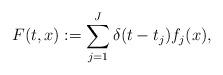
LaTeX: \begin{align*}F(t,x) := \sum_{j = 1}^J \delta(t - t_j) f_j(x), \end{align*}